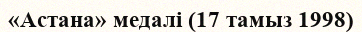
«Астана» медалі (17 тамыз 1998)